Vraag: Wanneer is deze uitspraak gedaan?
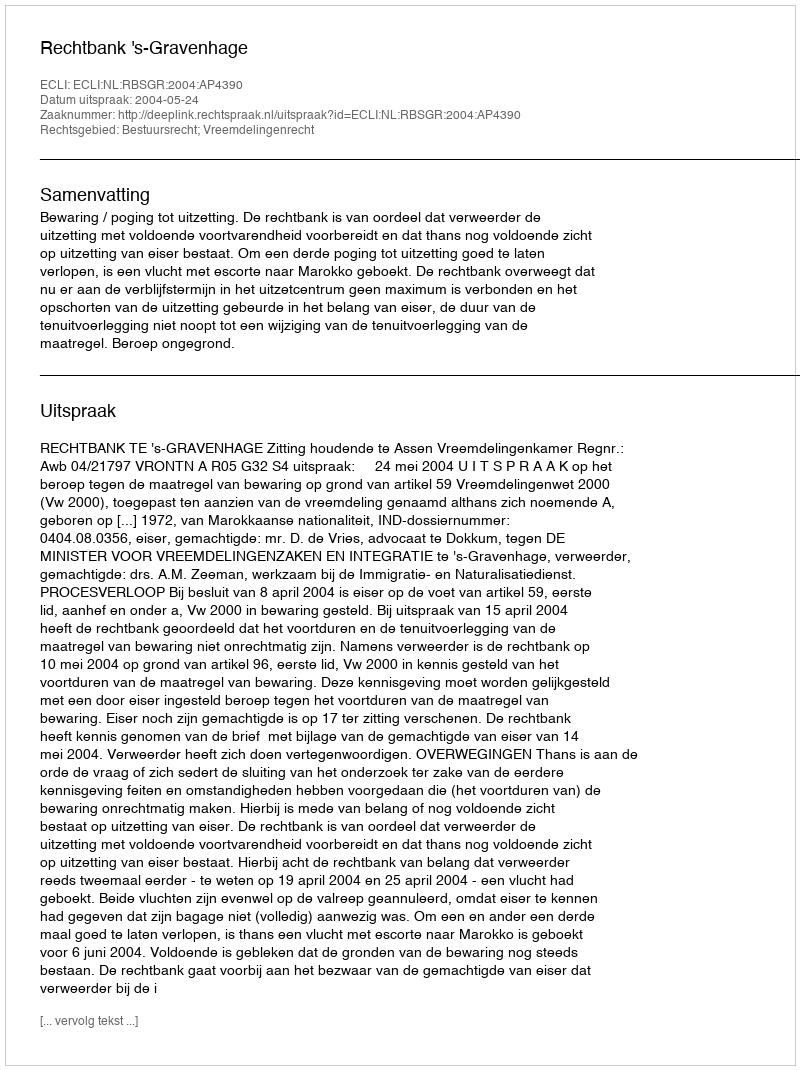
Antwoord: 2004-05-24